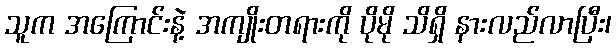
သူက အကြောင်းနဲ့ အကျိုးတရားကို ပိုမို သိရှိ နားလည်လာပြီး၊